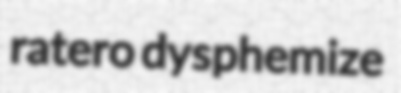
ratero dysphemize